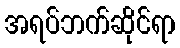
အရပ်ဘက်ဆိုင်ရာ